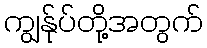
ကျွန်ုပ်တို့အတွက်